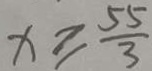
x \geq \frac { 5 5 } { 3 }